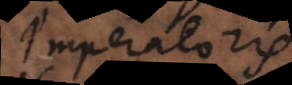
Imperatoris